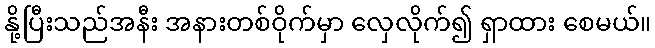
နို့ပြီးသည်အနီး အနားတစ်ဝိုက်မှာ လှေလိုက်၍ ရှာထား စေမယ်။